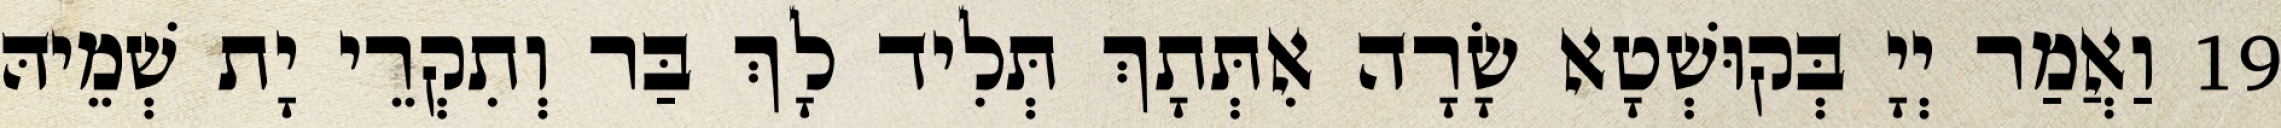
19 וַאֲמַר יְיָ בְּקוּשְׁטָא שָׂרָה אִתְּתָךְ תְּלִיד לָךְ בַּר וְתִקְרֵי יָת שְׁמֵיהּ